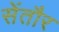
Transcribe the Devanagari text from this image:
सेंतौर